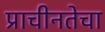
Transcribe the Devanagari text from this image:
प्राचीनतेचा